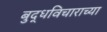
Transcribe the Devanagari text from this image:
बुद्धविचाराच्या